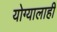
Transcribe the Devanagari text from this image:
योग्यालाही